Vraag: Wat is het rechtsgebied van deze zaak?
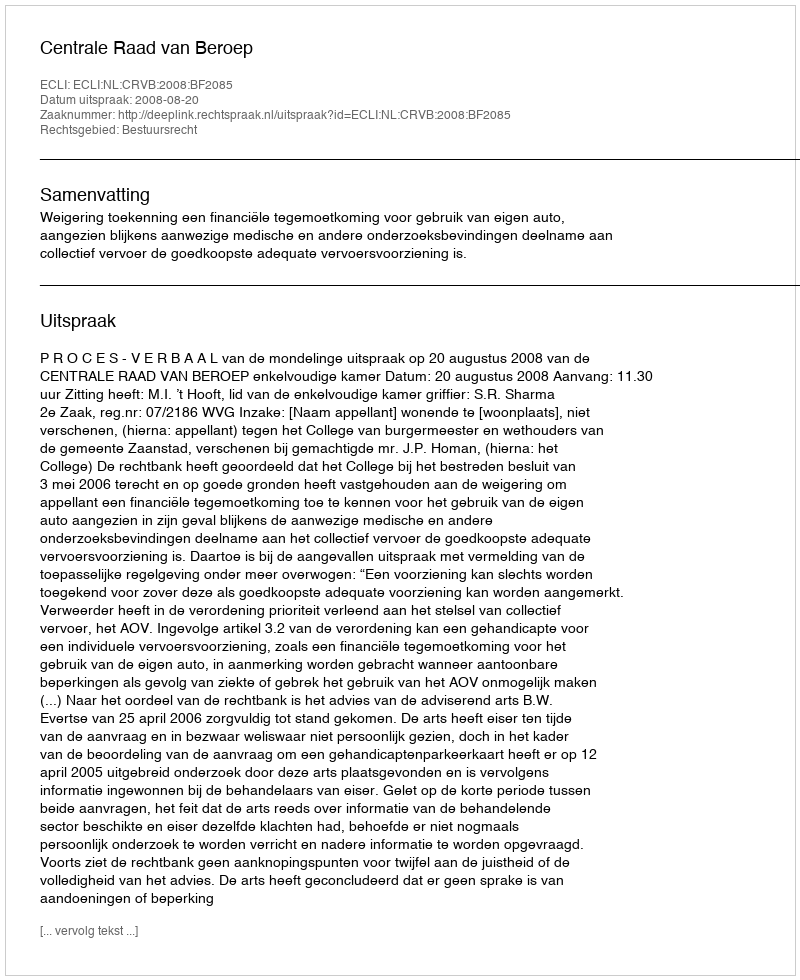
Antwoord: Bestuursrecht